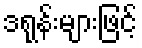
ဒရုန်းများဖြင့်